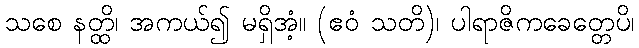
သစေ နတ္ထိ၊ အကယ်၍ မရှိအံ့။ (ဧဝံ သတိ)၊ ပါရာဇိကခေတ္တေပိ၊